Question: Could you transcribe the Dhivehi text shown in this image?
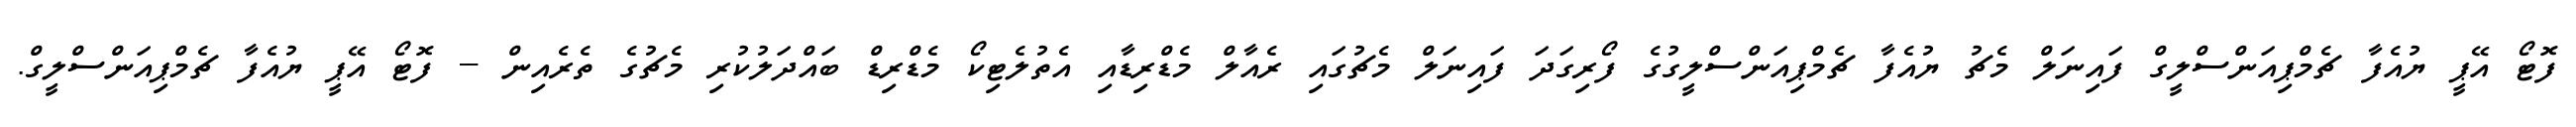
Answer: ފޮޓޯ އޭޕީ ޔުއެފާ ޗެމްޕިއަންސްލީގް ފައިނަލް މެޗު ޔުއެފާ ޗެމްޕިއަންސްލީގުގެ ފޯރިގަދަ ފައިނަލް މެޗުގައި ރެއާލް މެޑްރިޑާއި އެތުލެޓިކޯ މެޑްރިޑް ބައްދަލުކުރި މެޗުގެ ތެރެއިން -- ފޮޓޯ އޭޕީ ޔުއެފާ ޗެމްޕިއަންސްލީގް.